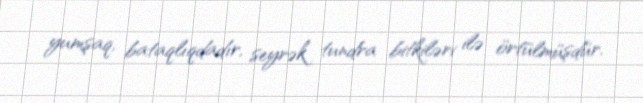
yumşaq, bataqlıqdadır, seyrək tundra bitkiləri ilə örtülmüşdür.